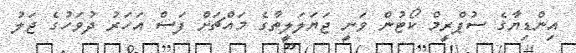
އިންޑިޔާގެ ސުޕްރީމް ކޯޓުން ވަނީ ޖަޔަލަލީތާގެ މައްޗަށް ފަސް އަހަރު ދުވަހުގެ ޖަލު